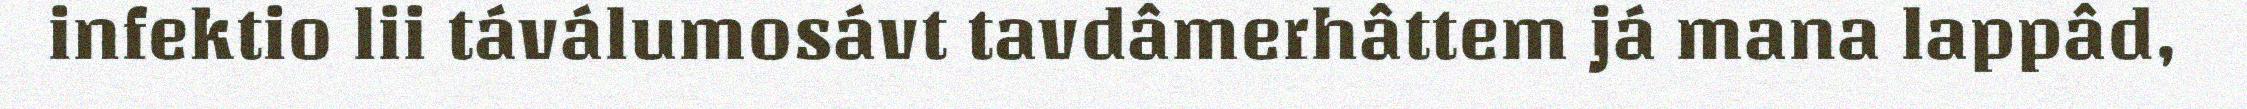
infektio lii táválumosávt tavdâmerhâttem já mana lappâd,